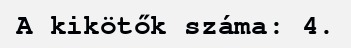
A kikötők száma: 4.